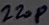
Text: 220P